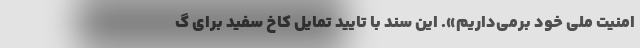
امنیت ملی خود برمی‌داریم». این سند با تایید تمایل کاخ سفید برای گ